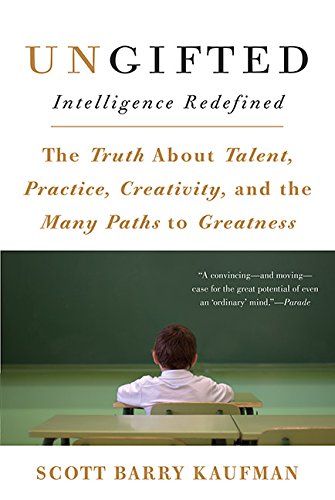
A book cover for Ungifted: Intelligence Redefined; Scott Barry Kaufman; Health, Fitness & Dieting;